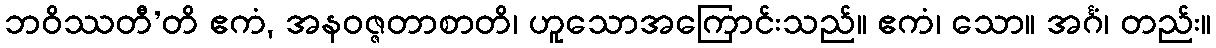
ဘဝိဿတီ’တိ ဧကံ, အနဝဇ္ဇတာစာတိ၊ ဟူသောအကြောင်းသည်။ ဧကံ၊ သော။ အင်္ဂံ၊ တည်း။